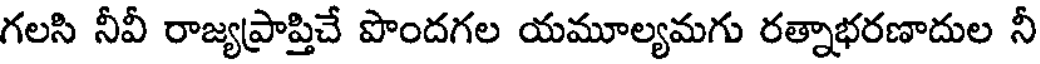
గలసి నీవీ రాజ్యప్రాప్తిచే పొందగల యమూల్యమగు రత్నాభరణాదుల నీ